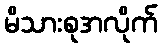
မိသားစုအလိုက်